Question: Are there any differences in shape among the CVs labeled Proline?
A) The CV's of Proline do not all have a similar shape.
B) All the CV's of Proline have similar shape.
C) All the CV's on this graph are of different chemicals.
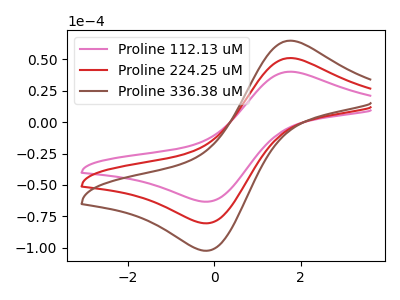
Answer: <think>The pink curve "Proline 112.13 uM" has an anodic peak at (1.80V, 40.05uA) and a cathodic peak at (-0.25V, -63.30uA). The red curve "Proline 224.25 uM" has an anodic peak at (1.80V, 50.95uA) and a cathodic peak at (-0.25V, -80.45uA). The brown curve "Proline 336.38 uM" has an anodic peak at (1.80V, 101.90uA) and a cathodic peak at (-0.25V, -160.95uA).
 All the peaks in "Proline 112.13 uM" have a peak in "Proline 224.25 uM" at the same potential. Every peak in "Proline 112.13 uM" is lower than every peak in "Proline 224.25 uM". All the peaks in "Proline 112.13 uM" have a peak in "Proline 336.38 uM" at the same potential. Every peak in "Proline 112.13 uM" is lower than every peak in "Proline 336.38 uM". All the peaks in "Proline 224.25 uM" have a peak in "Proline 336.38 uM" at the same potential. Every peak in "Proline 224.25 uM" is lower than every peak in "Proline 336.38 uM".</think>
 <answer>B) All the CV's of "Proline" have similar shape.</answer>
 <eval>B</eval>